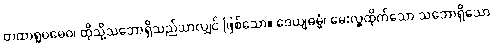
တထာရူပမေဝ၊ ထိုသို့သဘောရှိသည်သာလျှင် ဖြစ်သော။ ဒေယျဓမ္မံ၊ မေးလှူထိုက်သော သဘောရှိသော